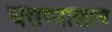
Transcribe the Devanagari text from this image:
घराण्यालाच